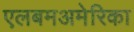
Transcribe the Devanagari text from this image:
एलबमअमेरिका